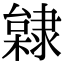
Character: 𨽿